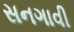
સનગાવી